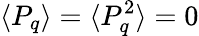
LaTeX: \langle P_{q}\rangle=\langle P_{q}^{2}\rangle=0